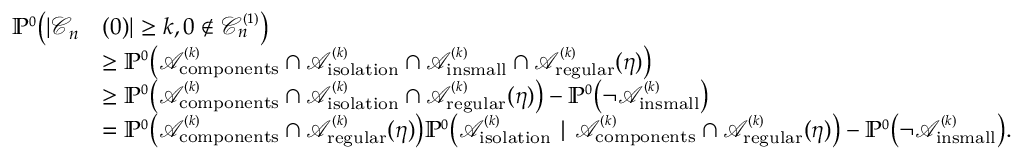
\begin{array} { r l } { \mathbb { P } ^ { \scriptscriptstyle 0 } \big ( | { \mathcal C } _ { n } } & { ( 0 ) | \ge k , 0 \notin { \mathcal C } _ { n } ^ { \scriptscriptstyle ( 1 ) } \big ) } \\ & { \ge \mathbb { P } ^ { \scriptscriptstyle 0 } \big ( { \mathcal A } _ { \mathrm { c o m p o n e n t s } } ^ { \scriptscriptstyle ( k ) } \cap { \mathcal A } _ { \mathrm { i s o l a t i o n } } ^ { \scriptscriptstyle ( k ) } \cap { \mathcal A } _ { \mathrm { i n s m a l l } } ^ { \scriptscriptstyle ( k ) } \cap { \mathcal A } _ { \mathrm { r e g u l a r } } ^ { \scriptscriptstyle ( k ) } ( \eta ) \big ) } \\ & { \ge \mathbb { P } ^ { \scriptscriptstyle 0 } \big ( { \mathcal A } _ { \mathrm { c o m p o n e n t s } } ^ { \scriptscriptstyle ( k ) } \cap { \mathcal A } _ { \mathrm { i s o l a t i o n } } ^ { \scriptscriptstyle ( k ) } \cap { \mathcal A } _ { \mathrm { r e g u l a r } } ^ { \scriptscriptstyle ( k ) } ( \eta ) \big ) - \mathbb { P } ^ { \scriptscriptstyle 0 } \big ( \neg { \mathcal A } _ { \mathrm { i n s m a l l } } ^ { \scriptscriptstyle ( k ) } \big ) } \\ & { = \mathbb { P } ^ { \scriptscriptstyle 0 } \big ( { \mathcal A } _ { \mathrm { c o m p o n e n t s } } ^ { \scriptscriptstyle ( k ) } \cap { \mathcal A } _ { \mathrm { r e g u l a r } } ^ { \scriptscriptstyle ( k ) } ( \eta ) \big ) \mathbb { P } ^ { \scriptscriptstyle 0 } \big ( { \mathcal A } _ { \mathrm { i s o l a t i o n } } ^ { \scriptscriptstyle ( k ) } \mid { \mathcal A } _ { \mathrm { c o m p o n e n t s } } ^ { \scriptscriptstyle ( k ) } \cap { \mathcal A } _ { \mathrm { r e g u l a r } } ^ { \scriptscriptstyle ( k ) } ( \eta ) \big ) - \mathbb { P } ^ { \scriptscriptstyle 0 } \big ( \neg { \mathcal A } _ { \mathrm { i n s m a l l } } ^ { \scriptscriptstyle ( k ) } \big ) . } \end{array}